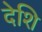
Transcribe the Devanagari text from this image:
देशि